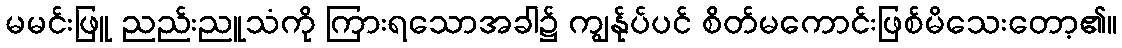
မမင်းဖြူ ညည်းညူသံကို ကြားရသောအခါ၌ ကျွန်ုပ်ပင် စိတ်မကောင်းဖြစ်မိသေးတော့၏။